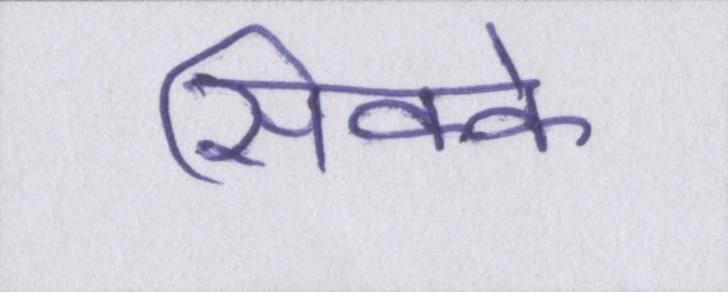
सिक्के